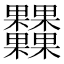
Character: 𣡾